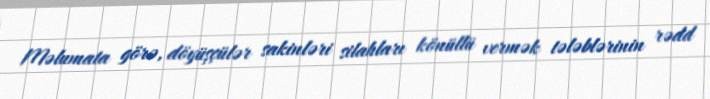
Məlumata görə, döyüşçülər sakinləri silahları könüllü vermək tələblərinin rədd